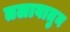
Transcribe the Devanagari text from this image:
तलावातुन